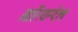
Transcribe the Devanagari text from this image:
ओरियन्टेल